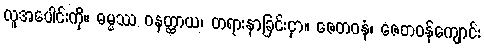
လူအပေါင်းကို။ ဓမ္မဿ ဝနတ္ထာယ၊ တရားနာခြင်းငှာ။ ဇေတဝနံ၊ ဇေတဝန်ကျောင်း